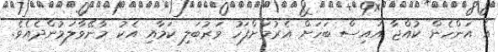
އެ އަންހެން ކުއްޖާ އައިސް ބަހަށް އެރުމަށްފަހު ވަރުބަލި ކަމާއި އެކު މާނޭވާލަމުންދެއެވެ.